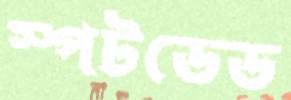
স্পটডেড